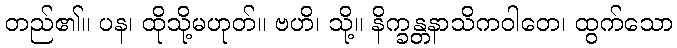
တည်၏။ ပန၊ ထိုသို့မဟုတ်။ ဗဟိ၊ သို့။ နိက္ခန္တနာသိကဝါတေ၊ ထွက်သော